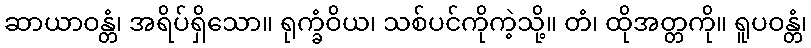
ဆာယာဝန္တံ၊ အရိပ်ရှိသော။ ရုက္ခံဝိယ၊ သစ်ပင်ကိုကဲ့သို့။ တံ၊ ထိုအတ္တကို။ ရူပဝန္တံ၊